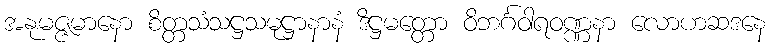
အနုမဇ္ဇမာနော စိတ္တသံသဋ္ဌသမုဋ္ဌာနာနံ ဒိဋ္ဌမတ္တော ဝိဘင်္ဂဝါရဝဏ္ဏနာ လောဟဆဒနေ